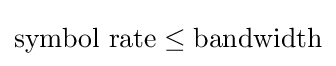
{\text{symbol rate}}\leq {\text{bandwidth}}